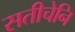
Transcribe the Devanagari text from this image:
सतीचेनि